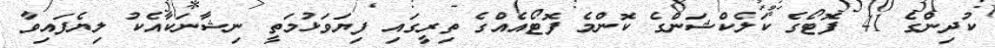
ކުދިންގެ 41 ފޮޓޯގެ ކަލެކްޝަންގެ ކޮންމެ ފޮޓޯއެއްގެ ތިރީގައި ފިޔަވަޅުމަތީ ނިޝާނަކާއެކު ލިޔެފައިވާ